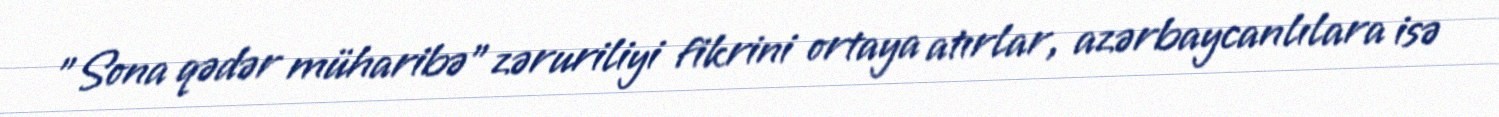
”Sona qədər müharibə" zəruriliyi fikrini ortaya atırlar, azərbaycanlılara isə